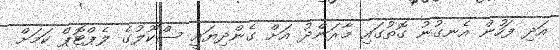
އަދި ފަހުން އެނގުނު ގޮތުގައި މާރަންދު އަށް ގެންދިޔައީ ސްކޫލުގެ ލެޕްޓޮޕް ކަމަށް